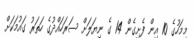
މިމަހުގެ 10 އިން ފެށިގެން 14 ގެ ނިޔަލަށް ސަރަހައްދުގެ ހަތަރު ގައުމަކަށް